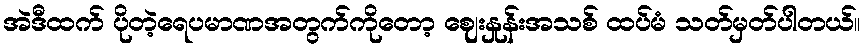
အဲဒီထက် ပိုတဲ့ရေပမာဏအတွက်ကိုတော့ ဈေးနှုန်းအသစ် ထပ်မံ သတ်မှတ်ပါတယ်။